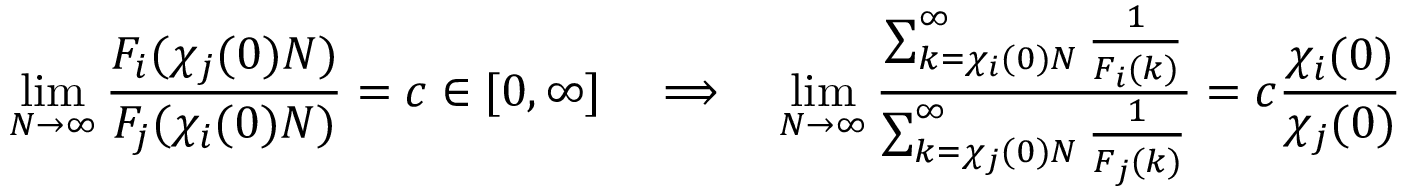
\operatorname* { l i m } _ { N \to \infty } \frac { F _ { i } ( \chi _ { j } ( 0 ) N ) } { F _ { j } ( \chi _ { i } ( 0 ) N ) } = c \in [ 0 , \infty ] \quad \Longrightarrow \quad \operatorname* { l i m } _ { N \to \infty } \frac { \sum _ { k = \chi _ { i } ( 0 ) N } ^ { \infty } \frac { 1 } { F _ { i } ( k ) } } { \sum _ { k = \chi _ { j } ( 0 ) N } ^ { \infty } \frac { 1 } { F _ { j } ( k ) } } = c \frac { \chi _ { i } ( 0 ) } { \chi _ { j } ( 0 ) }